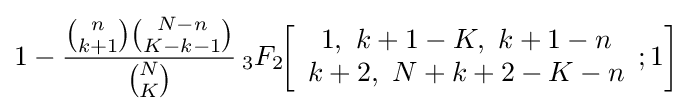
1-{{{n \choose {k+1}}{{N-n} \choose {K-k-1}}} \over {N \choose K}}\,_{3}F_{2}\!\!\left[{\begin{array}{c}1,\ k+1-K,\ k+1-n\\k+2,\ N+k+2-K-n\end{array}};1\right]